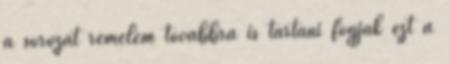
a sorozat remélem továbbra is tartani fogják ezt a